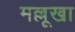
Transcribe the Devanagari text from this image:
मल्लूखा